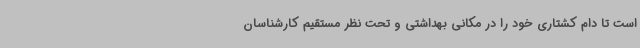
است تا دام کشتاری خود را در مکانی بهداشتی و تحت نظر مستقیم کارشناسان